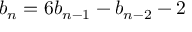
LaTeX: b _ { n } = 6 b _ { n - 1 } - b _ { n - 2 } - 2